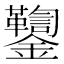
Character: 𨰌